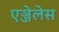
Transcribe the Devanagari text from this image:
एञ्जेलेस